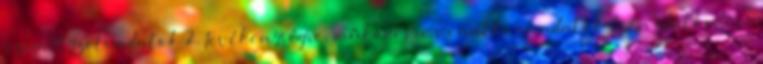
személyzeti adatok 2. Tevékenységre, működésre vonatkozó adatok 3. Gazdálkodási